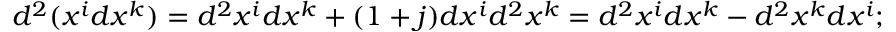
d ^ { 2 } ( x ^ { i } d x ^ { k } ) = d ^ { 2 } x ^ { i } d x ^ { k } + ( 1 + j ) d x ^ { i } d ^ { 2 } x ^ { k } = d ^ { 2 } x ^ { i } d x ^ { k } - d ^ { 2 } x ^ { k } d x ^ { i } ;